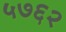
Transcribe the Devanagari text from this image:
५७६२